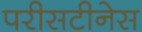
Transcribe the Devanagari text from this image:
परीसटीनेस